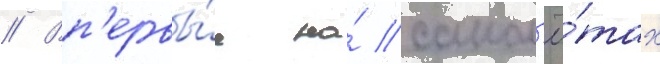
// Вп'ервы́е на́ самол'ё́тах